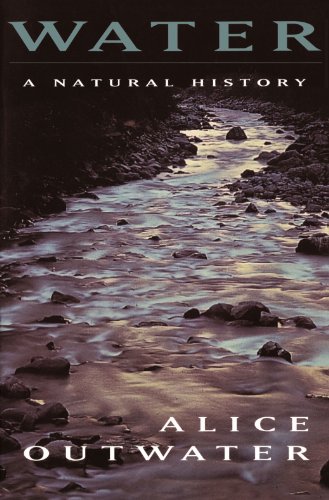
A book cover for Water: A Natural History; Alice Outwater; Science & Math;